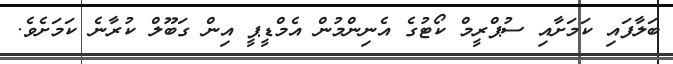
ބަލާފައި ކަމަށާއި ސުޕްރީމް ކޯޓުގެ އެނިންމުން އެމްޑީޕީ އިން ގަބޫލް ކުރާނެ ކަމަށެވެ.